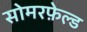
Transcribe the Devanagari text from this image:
सोमरफ़ेल्ड